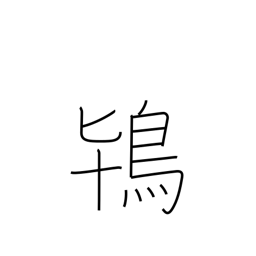
Meaning: crested ibis